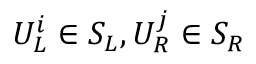
U _ { L } ^ { i } \in S _ { L } , U _ { R } ^ { j } \in S _ { R }